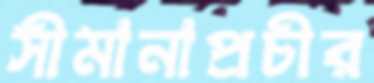
সীমানাপ্রচীর